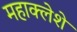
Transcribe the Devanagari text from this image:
महाक्लेशे